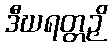
ဒီဃရတ္တဉှိ